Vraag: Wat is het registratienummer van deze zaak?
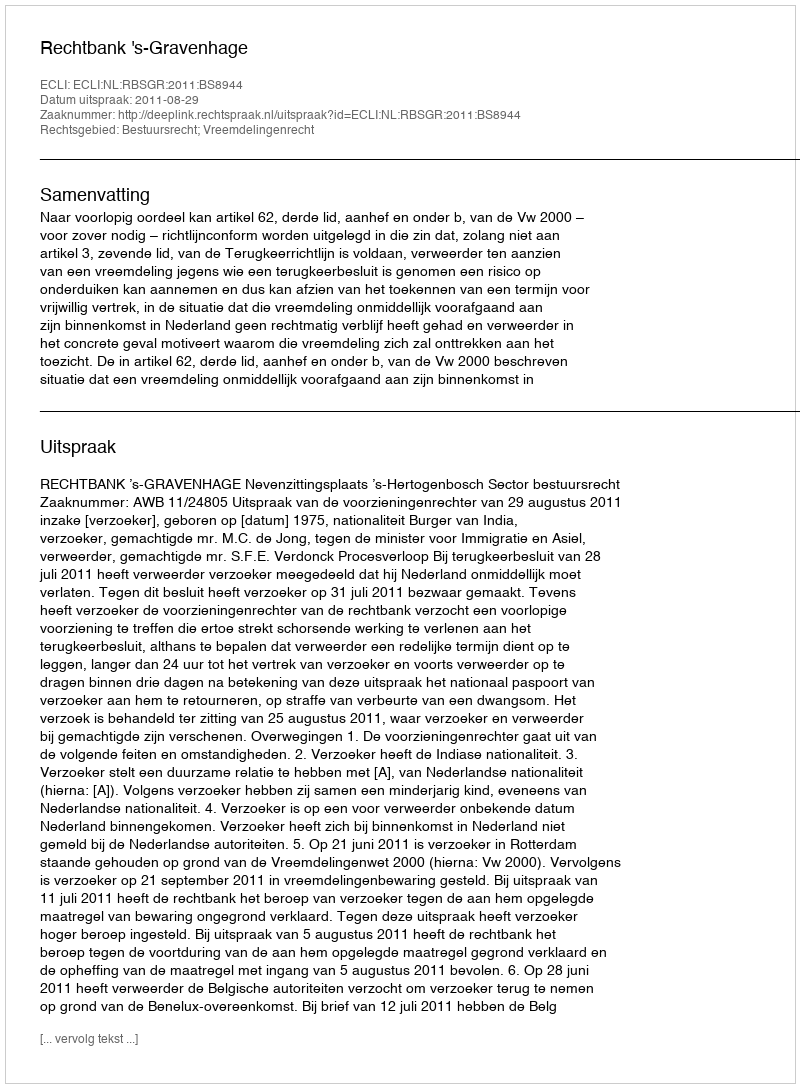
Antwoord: http://deeplink.rechtspraak.nl/uitspraak?id=ECLI:NL:RBSGR:2011:BS8944